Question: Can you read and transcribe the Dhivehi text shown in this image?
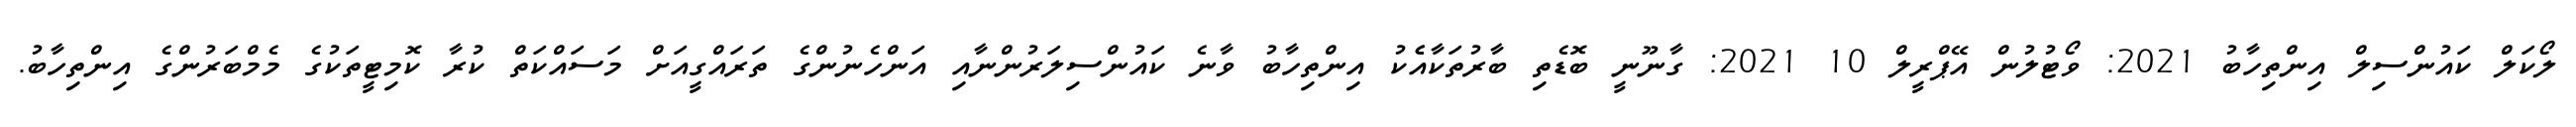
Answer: ލޯކަލް ކައުންސިލް އިންތިހާބު 2021: ވޯޓުލުން އޭޕްރީލް 10 2021: ގާނޫނީ ބޮޑެތި ބާރުތަކާއެެކު އިންތިހާބު ވާނެ ކައުންސިލަރުންނާއި އަންހެނުންގެ ތަރައްގީއަށް މަސައްކަތް ކުރާ ކޮމިޓީތަކުގެ މެމްބަރުންގެ އިންތިހާބު.